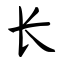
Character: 长